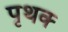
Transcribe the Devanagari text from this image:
पृथक्‍